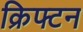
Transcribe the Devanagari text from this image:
क्रिफ्टन